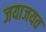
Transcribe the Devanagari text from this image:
जयाजयत